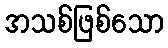
အသစ်ဖြစ်သော